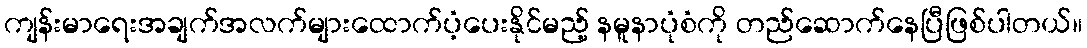
ကျန်းမာရေးအချက်အလက်များထောက်ပံ့ပေးနိုင်မည့် နမူနာပုံစံကို တည်ဆောက်နေပြီဖြစ်ပါတယ်။